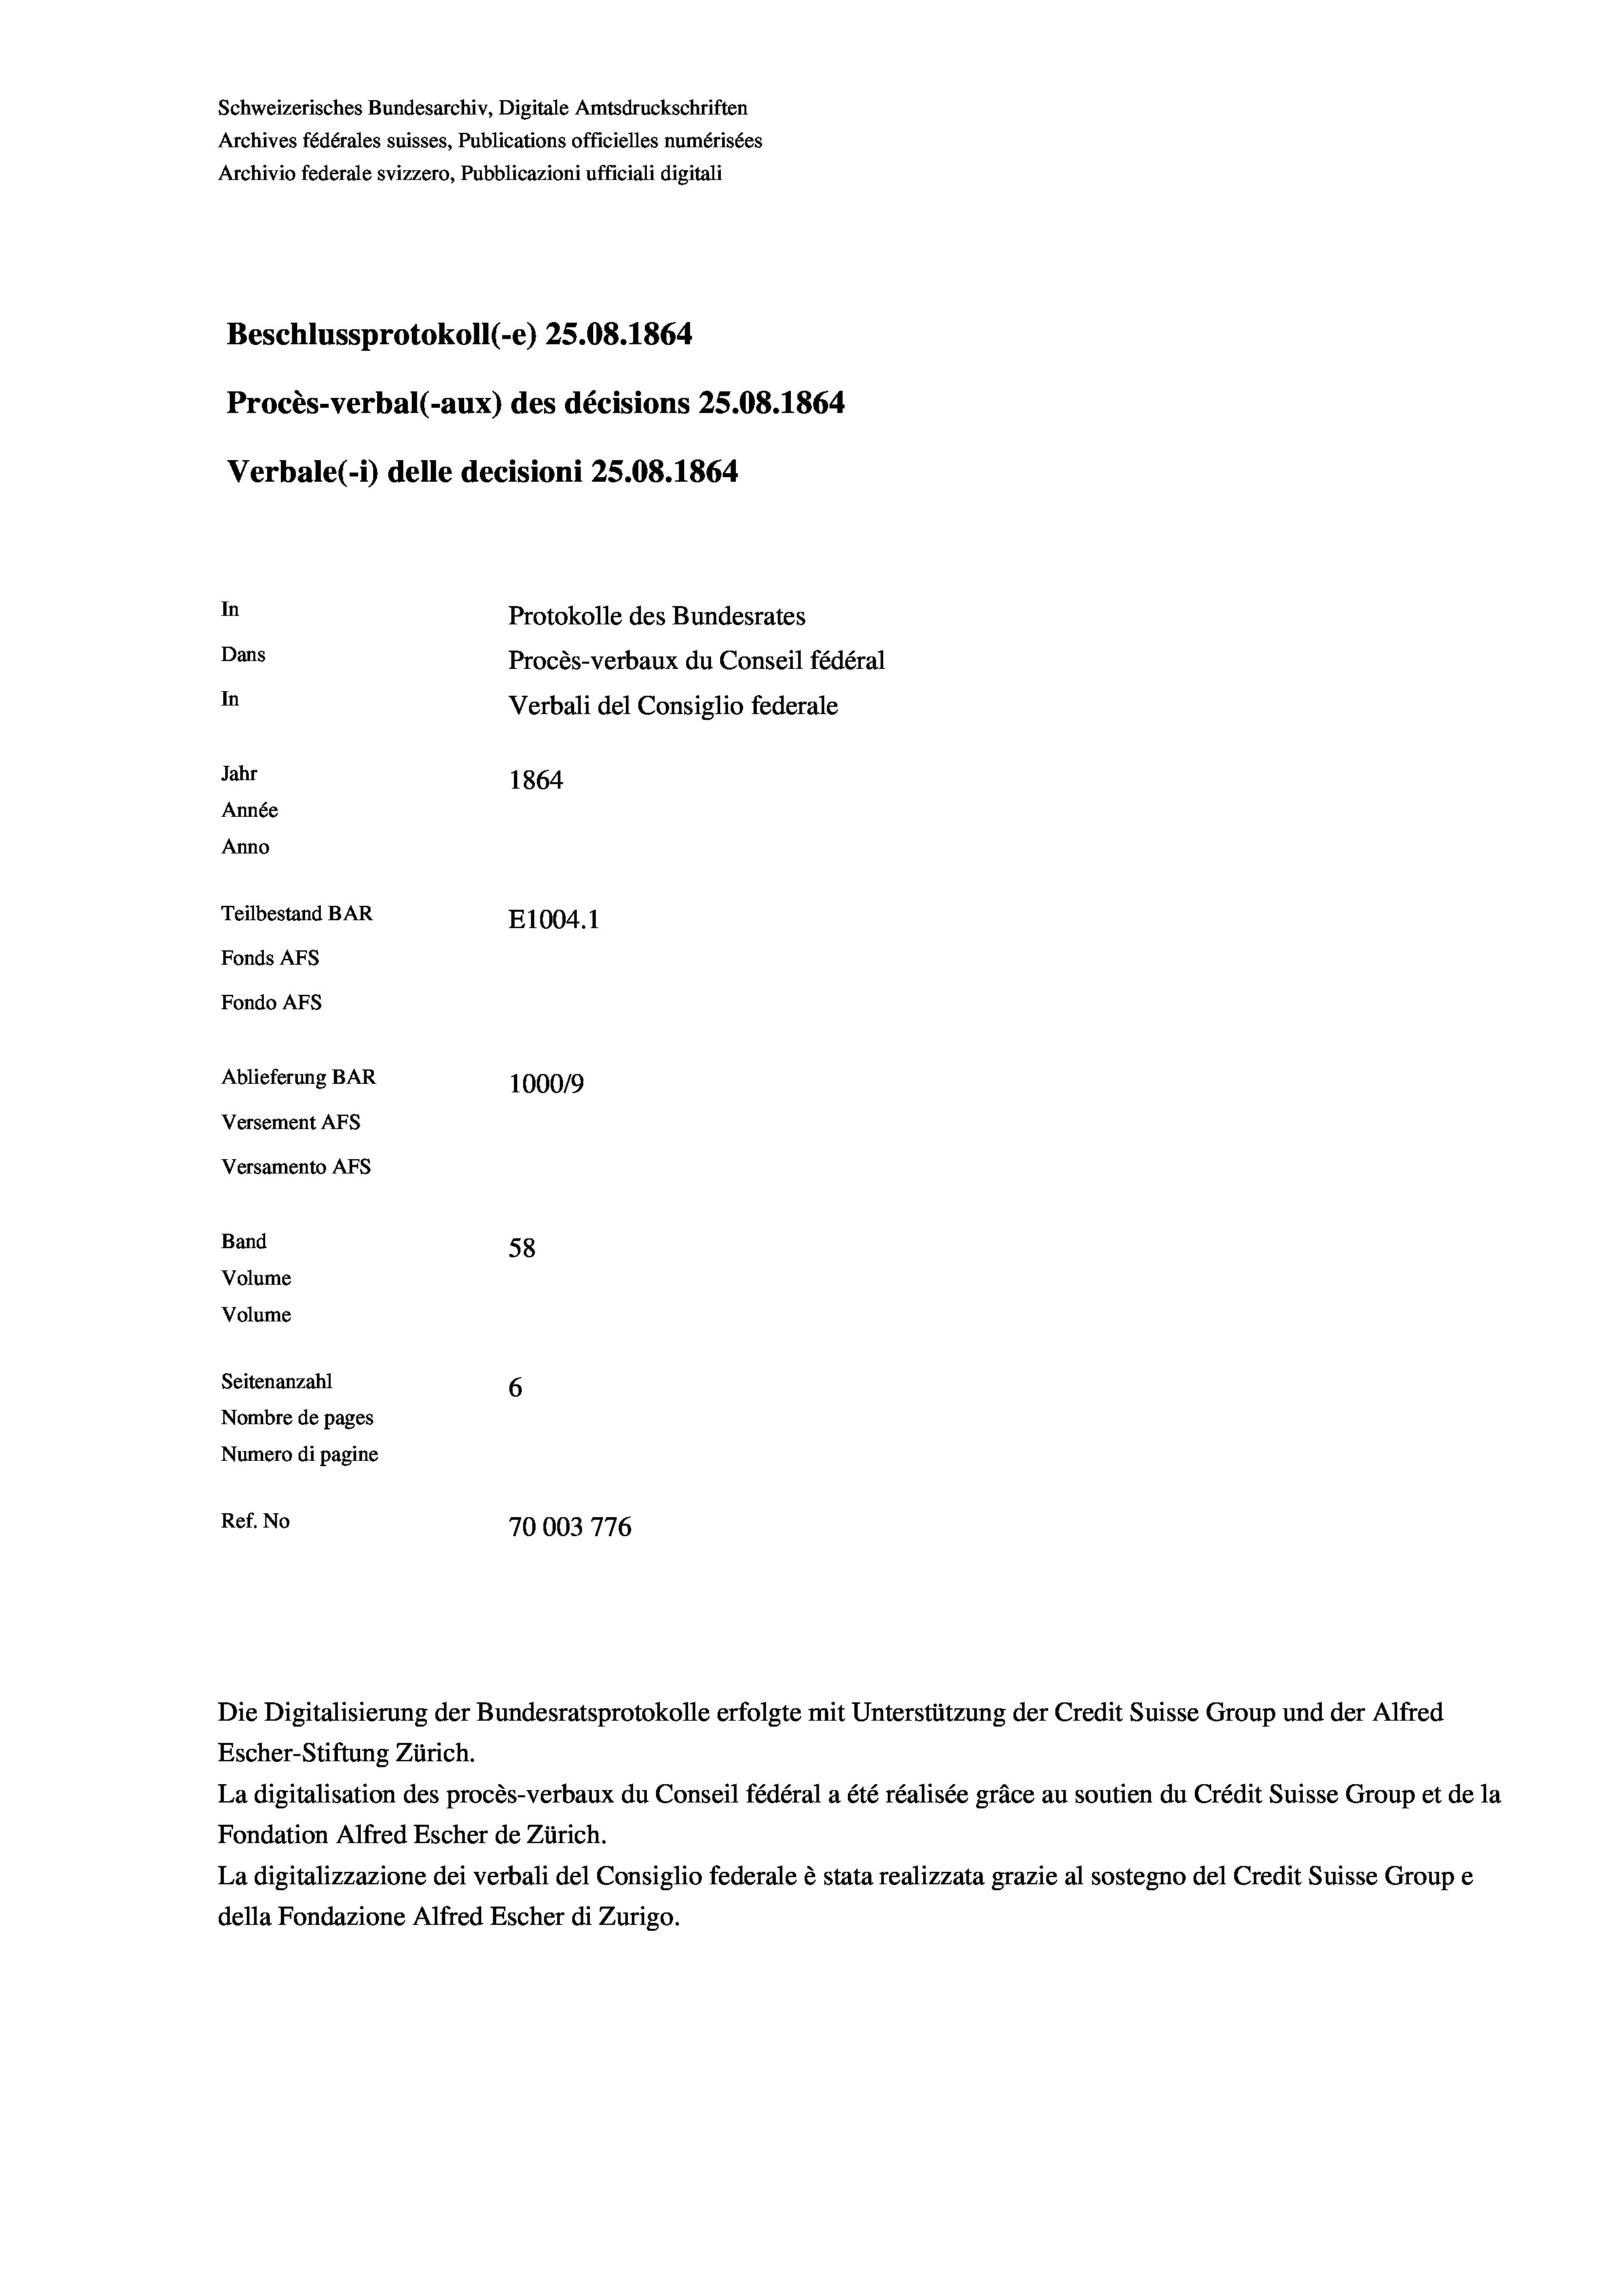
Schweizerisches Bundesarchiv, Digitale Amtsdruckschriften
Archives fédérales suisses, Publications officielles numérisées
Archivio federale svizzero, Pubblicazioni ufficiali digitali
Beschlussprotokoll (-e) 25.08. 1864
Procès-verbal (-aux) des décisions 25.08. 1864
Verbale (i) delle decisioni 25.08. 1864
In
Protokolle des Bundesrates
Dans
Procès-verbaux du Conseil fédéral
In
Verbali del Consiglio federale
Jahr
1864
Année
Anno
Teilbestand BAR
E1004. 1
Fonds AFs
Fondo AFs

Ablieferung BAR
100019
Versement AFs
Versamento Afs
Band
58
Volume
Volume
Seitenanzahl
6
Nombre de pages

Numero di pagine
Ref. No
70003776

Die Digitalisierung der Bundesratsprotokolle erfolgte mit Unterstützung der Credit Suisse Group und der Alfred
Escher-Stiftung Zürich.
La digitalisation des procès-verbaux du Conseil fédéral a été réalisée gräce au soutien du Crédit Suisse Group et de la
Fondation Alfred Escher de Zürich.
La digitalizzazione dei verbali del Consiglio federale è stata realizzata grazie al sostegno del Credit Suisse Groupe
della Fondazione Alfred Escher di Zurigo.